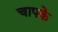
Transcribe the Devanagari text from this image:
चापके